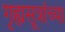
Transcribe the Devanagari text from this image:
गृह्यसूत्रांच्या